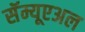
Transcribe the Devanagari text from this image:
सॅम्यूएअल